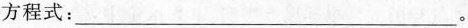
方程式：_____。